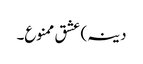
دینہ) عشق ممنوع۔